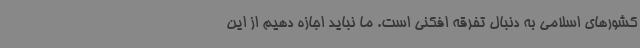
کشورهای اسلامی به دنبال تفرقه افکنی است. ما نباید اجازه دهیم از این